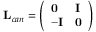
\mathbf { L } _ { c a n } = \left( \begin{array} { l l } { \mathbf { 0 } } & { \mathbf { I } } \\ { - \mathbf { I } } & { \mathbf { 0 } } \end{array} \right)